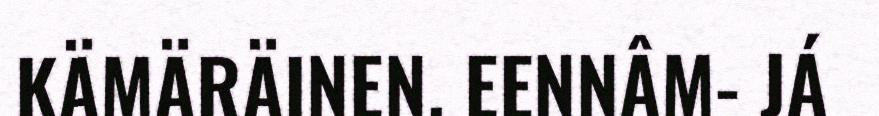
KÄMÄRÄINEN. EENNÂM- JÁ